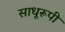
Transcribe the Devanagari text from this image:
साधूरूपी